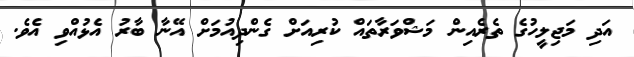
އަދި މަޖިލީހުގެ ތެރެއިން މަޝްވަރާތައް ކުރިއަށް ގެންދިއުމަށް އޭނާ ބާރު އެޅުއްވި އެވެ.